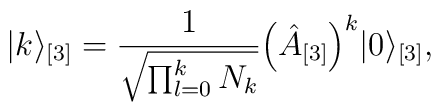
\vert k \rangle_{[3]} = \frac{1}{\sqrt{\prod^{k}_{l =0} N_k }} \Bigl(\hat{A}_{[3]} \Bigr)^k \vert 0 \rangle_{[3]},